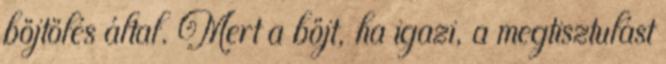
böjtölés által. Mert a böjt, ha igazi, a megtisztulást